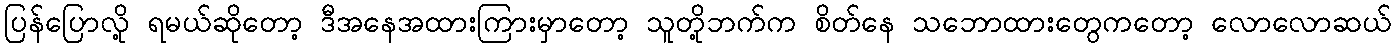
ပြန်ပြောလို့ ရမယ်ဆိုတော့ ဒီအနေအထားကြားမှာတော့ သူတို့ဘက်က စိတ်နေ သဘောထားတွေကတော့ လောလောဆယ်